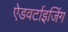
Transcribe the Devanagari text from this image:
ऐडवर्टाइजिंग